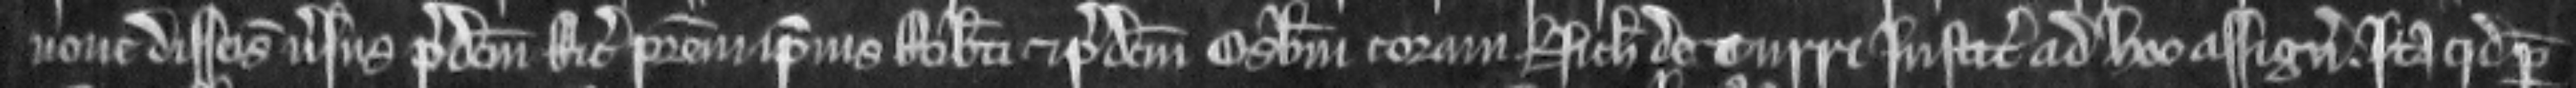
nove disseisine versus predictum Ricardum patrem ipsius Roberti et predictum Osbertum coram Nicholao de Turri justiciario ad hoc assignato. Ita quod per